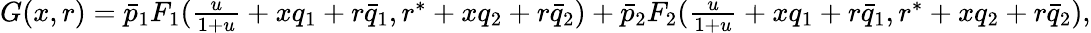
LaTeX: \begin{array}{r}{G(x,r)=\bar{p}_{1}F_{1}(\frac{u}{1+u}+xq_{1}+r\bar{q}_{1},r^{*}+xq_{2}+r\bar{q}_{2})+\bar{p}_{2}F_{2}(\frac{u}{1+u}+xq_{1}+r\bar{q}_{1},r^{*}+xq_{2}+r\bar{q}_{2}),}\end{array}